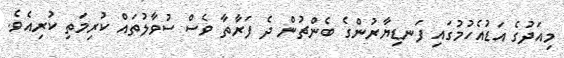
މިއަދުގެ އަޑުއެހުމުގައި ފަނޑިޔާރުންގެ ބެންޗުން ދެ ފަރާތާ ވެސް ސުވާލުތައް ކުރިމަތި ކުރިއެވެ.